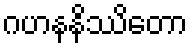
ဂဟနနိဿိတော